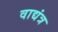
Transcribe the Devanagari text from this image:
वाद्यंत्र